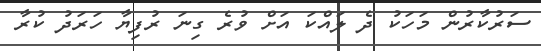
ސަރުކާރުން މަހަކު ދެ ލައްކަ އަށް ވުރެ ގިނަ ރުފިޔާ ހަރަދު ކުރާ